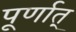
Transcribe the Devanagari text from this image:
पूर्णात्